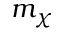
m _ { \chi }